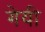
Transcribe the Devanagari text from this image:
गेयी